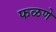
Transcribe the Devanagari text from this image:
फळणे